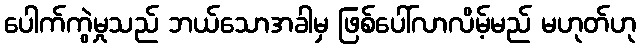
ပေါက်ကွဲမှုသည် ဘယ်သောအခါမှ ဖြစ်ပေါ်လာလိမ့်မည် မဟုတ်ဟု